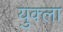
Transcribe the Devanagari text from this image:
युक्ला